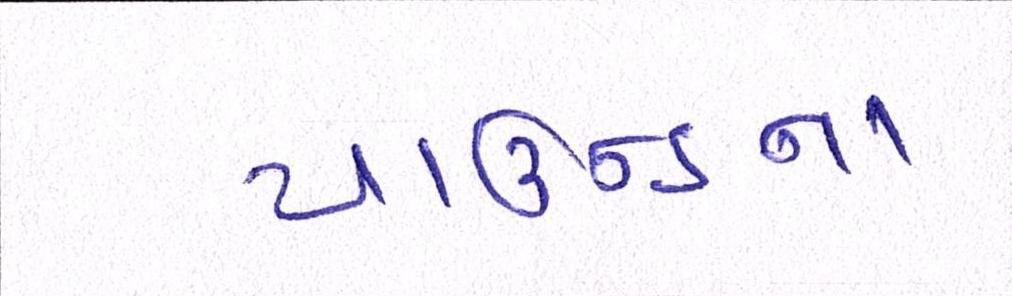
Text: પાઉન્ડના